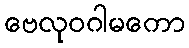
ဗေလုဝဂါမကော